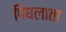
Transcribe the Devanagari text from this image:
पिघलाता